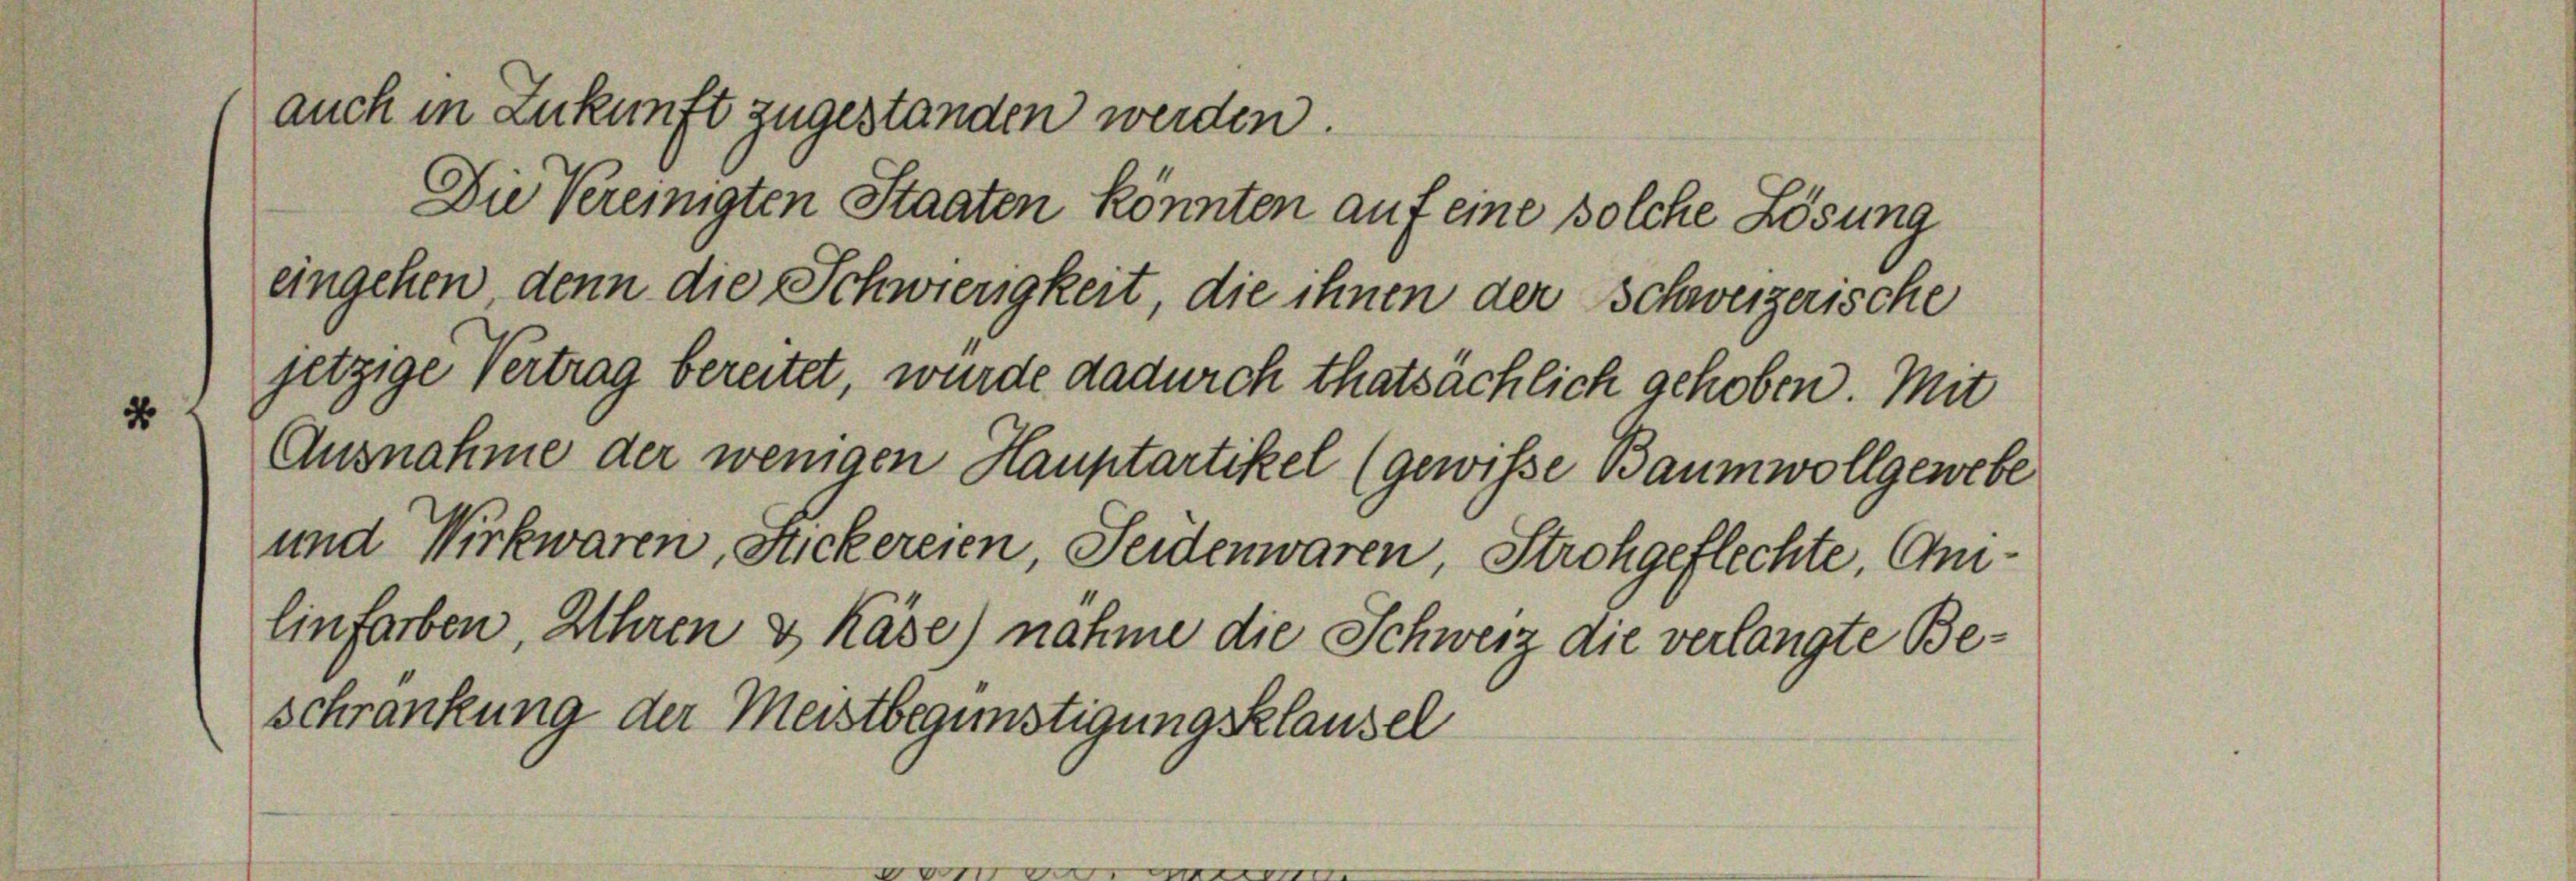
Ausnahme der wenigen Hauptartikel (gewisse Baumwollgewebe
und Wirkwaren, Luckereien, Seidenwaren, Strohgeflechte, Ani¬
Einfarben, Uhren & Käse) nahme die Schweiz die verlangte Be¬

(auch in Zukunft zugestanden werden.
Die Vereinigten Staaten könnten auf eine solche Lösung

eingehen, denn die Schwierigkeit, die ihnen der Schweizerische

schränkung der Meistbegünstigungsklausel

jetzige Vertrag bereitet, wurde dadurch thatsächlich gehoben. Mit